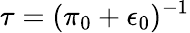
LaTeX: \tau=(\pi_{0}+\epsilon_{0})^{-1}